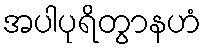
အပါပုရိတွာနဟံ